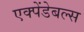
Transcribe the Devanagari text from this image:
एक्पेंडेबल्स